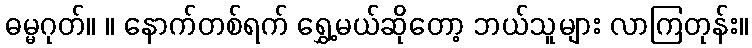
ဓမ္မဂုတ်။ ။ နောက်တစ်ရက် ရွှေ့မယ်ဆိုတော့ ဘယ်သူများ လာကြတုန်း။